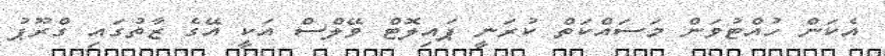
އެކަން ހުއްޓުވަން މަސައްކަތް ކުރަނީ ޕައިލޮޓް ވޭލްސް އަކީ އޭގެ ޒާތުގައި ގްރޫޕު